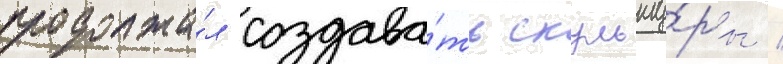
продолжа́л создава́ть скульпту́ры /